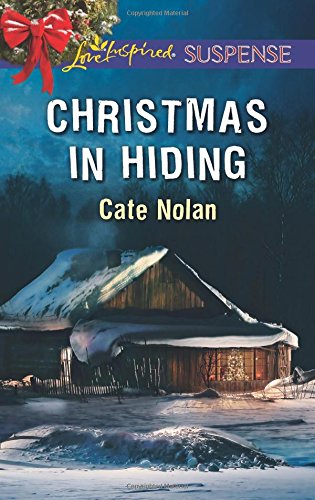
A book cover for Christmas in Hiding (Love Inspired Suspense); Cate Nolan; Romance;